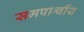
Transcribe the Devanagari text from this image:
समपार्श्वीय